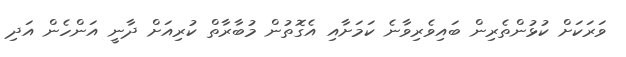
ވަރަކަށް ކުޅުންތެރިން ބައިވެރިވާނެ ކަމަށާއި އެގޮތުން މުބާރާތް ކުރިއަށް ދާނީ އަންހެން އަދި